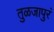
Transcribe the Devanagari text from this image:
तुळजापुरं